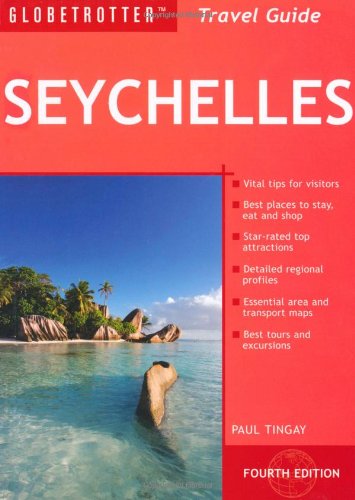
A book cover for Seychelles Travel Pack, 4th (Globetrotter Travel Packs); Paul Tingay; Travel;